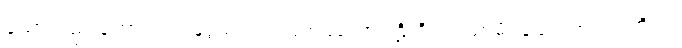
သော်လည်းကောင်း။ ဥဒ္ဒေသံ၊ ရွက်ပြအပ်သောဝါဠိကို။ ဒဿာမိ၊ ချပေးအံ့။ ဣတိ ဝါ၊